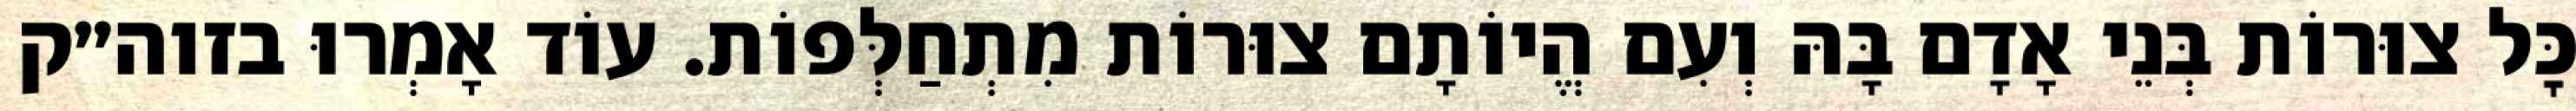
כׇּל צוּרוֹת בְּנֵי אָדָם בָּהּ וְעִם הֱיוֹתָם צוּרוֹת מִתְחַלְּפוֹת. עוֹד אָמְרוּ בזוה״ק